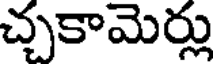
చ్చకామెర్లు